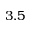
3 . 5